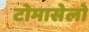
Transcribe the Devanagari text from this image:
टोमासेलो